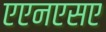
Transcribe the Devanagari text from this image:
एएनएसए